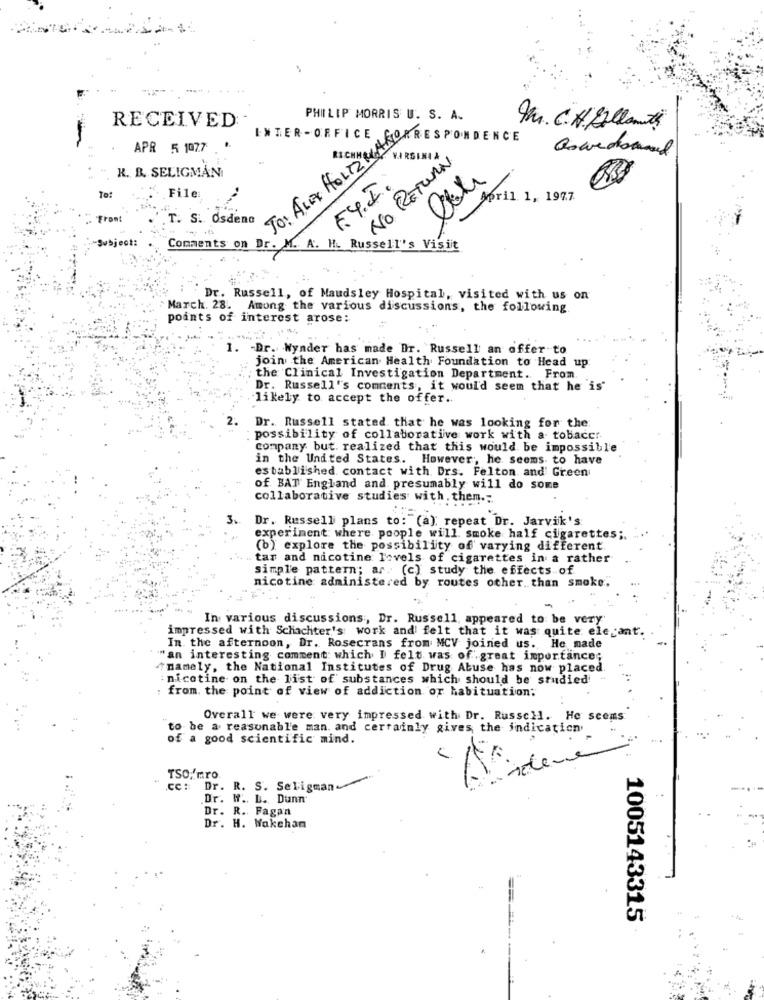
RECEIVED
PHILIP MORRIS U. S. A.
A. C.H. Ellanti
INTER-OFFICE
TO: ALLY HOLTZMAN RESPONDENCE
APR 5 1077
FREINIA
aswedomed
No RETURN
K. B. SELIGMAN
FY.I.
To:
File:
April 1, 1977
Frent
T. S. Osdeno
Comments on D
wbject:
A. H. Russell's Visit
Dr. Russell, of Maudsley Hospital, visited with us on
March. 28. Among the various discussions, the following.
points of interest arose:
1. - Dr. Wynder has made Dr. Russell an offer to
join the American Health Foundation to Head up
, the Clinical Investigation Department. From.
Dr. Russell's comments, it woul'd seem that he is"
likely to accept the offer ..
2.
Dr. Russell stated that he was looking for the
possibility of collaborative work with a tobacer-
company but. realized that this would be impossible
in the United States. However, he seems to have
established contact with Drs. Felton and Green
of. BAT England and presumably will do some
collaborative studies with. them .:
3.
Dr. Russell plans to: (a): repeat Dr. Jarvik's
experiment where people will. smoke half cigarettes
(b) explore the possibility of varying different.
tar and nicotine levels of cigarettes in a rather
simple pattern; ar. (c) study the effects of
nicotine administered by routes other than smoke;
In various discussions, Dr. Russell, appeared to be very'
impressed with Schachter's work and felt that it was quite elegant.
In the afternoon, Dr. Rosecrans from MCV joined us. He made
"an interesting comment which I felt was of .great importance;
"namely, the National Institutes of Drug Abuse has now placed
: nicotine on the list of substances which should be studied -
: from. the point of view of addiction or habituation:
Overall we were very impressed with Dr. Russell. He seems
to be a reasonable man. and certainly gives the indication
of a good scientific mind.
TSO: mro.
cc: Dr. R. S. Seligman
Dr. W .. L. Dunn
Dr. R. Fagan
Dr. H. Wakehan
1005143315